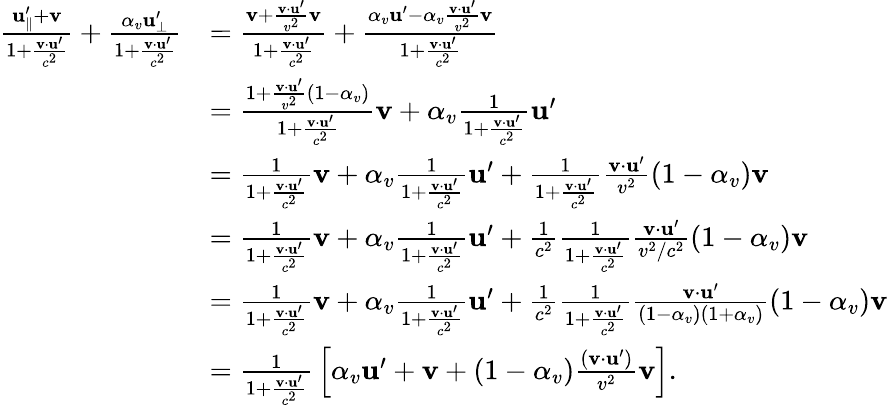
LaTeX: {\begin{array}{rl}{{\frac{\mathbf{u}_{\parallel}^{\prime}+\mathbf{v}}{1+{\frac{\mathbf{v}\cdot\mathbf{u}^{\prime}}{c^{2}}}}}+{\frac{\alpha_{v}\mathbf{u}_{\perp}^{\prime}}{1+{\frac{\mathbf{v}\cdot\mathbf{u}^{\prime}}{c^{2}}}}}}&{={\frac{\mathbf{v}+{\frac{\mathbf{v}\cdot\mathbf{u}^{\prime}}{v^{2}}}\mathbf{v}}{1+{\frac{\mathbf{v}\cdot\mathbf{u}^{\prime}}{c^{2}}}}}+{\frac{\alpha_{v}\mathbf{u}^{\prime}-\alpha_{v}{\frac{\mathbf{v}\cdot\mathbf{u}^{\prime}}{v^{2}}}\mathbf{v}}{1+{\frac{\mathbf{v}\cdot\mathbf{u}^{\prime}}{c^{2}}}}}}\\ &{={\frac{1+{\frac{\mathbf{v}\cdot\mathbf{u}^{\prime}}{v^{2}}}(1-\alpha_{v})}{1+{\frac{\mathbf{v}\cdot\mathbf{u}^{\prime}}{c^{2}}}}}\mathbf{v}+\alpha_{v}{\frac{1}{1+{\frac{\mathbf{v}\cdot\mathbf{u}^{\prime}}{c^{2}}}}}\mathbf{u}^{\prime}}\\ &{={\frac{1}{1+{\frac{\mathbf{v}\cdot\mathbf{u}^{\prime}}{c^{2}}}}}\mathbf{v}+\alpha_{v}{\frac{1}{1+{\frac{\mathbf{v}\cdot\mathbf{u}^{\prime}}{c^{2}}}}}\mathbf{u}^{\prime}+{\frac{1}{1+{\frac{\mathbf{v}\cdot\mathbf{u}^{\prime}}{c^{2}}}}}{\frac{\mathbf{v}\cdot\mathbf{u}^{\prime}}{v^{2}}}(1-\alpha_{v})\mathbf{v}}\\ &{={\frac{1}{1+{\frac{\mathbf{v}\cdot\mathbf{u}^{\prime}}{c^{2}}}}}\mathbf{v}+\alpha_{v}{\frac{1}{1+{\frac{\mathbf{v}\cdot\mathbf{u}^{\prime}}{c^{2}}}}}\mathbf{u}^{\prime}+{\frac{1}{c^{2}}}{\frac{1}{1+{\frac{\mathbf{v}\cdot\mathbf{u}^{\prime}}{c^{2}}}}}{\frac{\mathbf{v}\cdot\mathbf{u}^{\prime}}{v^{2}/c^{2}}}(1-\alpha_{v})\mathbf{v}}\\ &{={\frac{1}{1+{\frac{\mathbf{v}\cdot\mathbf{u}^{\prime}}{c^{2}}}}}\mathbf{v}+\alpha_{v}{\frac{1}{1+{\frac{\mathbf{v}\cdot\mathbf{u}^{\prime}}{c^{2}}}}}\mathbf{u}^{\prime}+{\frac{1}{c^{2}}}{\frac{1}{1+{\frac{\mathbf{v}\cdot\mathbf{u}^{\prime}}{c^{2}}}}}{\frac{\mathbf{v}\cdot\mathbf{u}^{\prime}}{(1-\alpha_{v})(1+\alpha_{v})}}(1-\alpha_{v})\mathbf{v}}\\ &{={\frac{1}{1+{\frac{\mathbf{v}\cdot\mathbf{u}^{\prime}}{c^{2}}}}}\left[\alpha_{v}\mathbf{u}^{\prime}+\mathbf{v}+(1-\alpha_{v}){\frac{(\mathbf{v}\cdot\mathbf{u}^{\prime})}{v^{2}}}\mathbf{v}\right].}\end{array}}